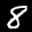
Label: 8